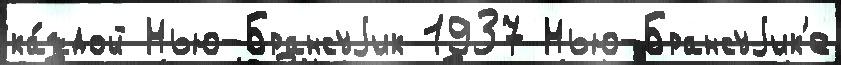
ка́ждой Нью-Брансуjик 1937 Нью-Брансуjик'е